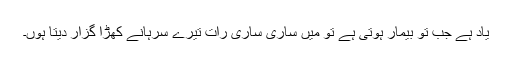
یاد ہے جب تو بیمار ہوتی ہے تو میں ساری ساری رات تیرے سرہانے کھڑا گزار دیتا ہوں۔